Leaving Certificate Examination, 1916
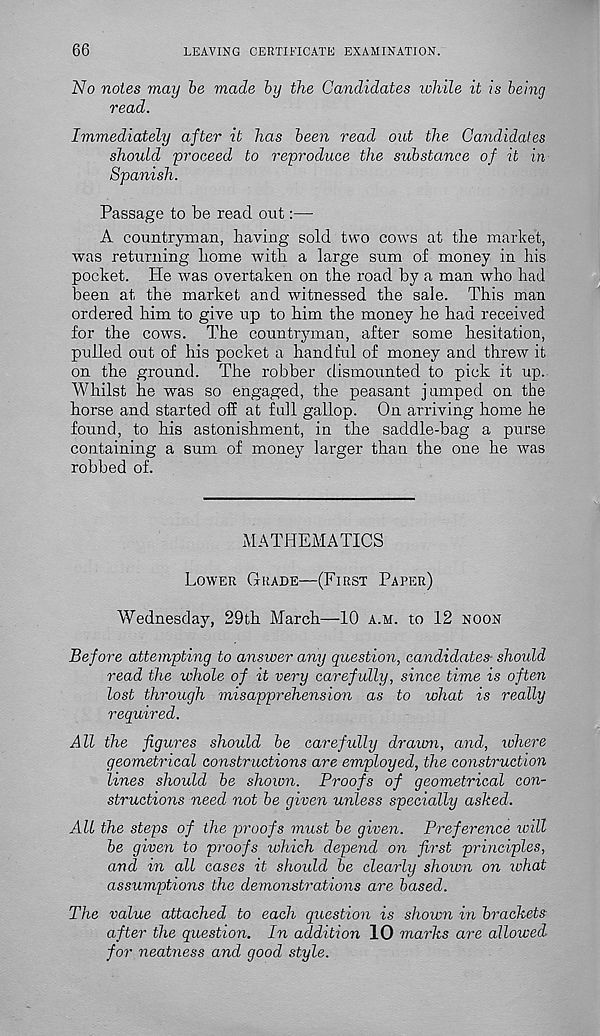
66
LEAVING CERTIFICATE EXAMINATION.
No notes may be made by the Candidates while it is being
read.
Immediately after it has been read out the Candidates
should proceed to reproduce the substance of it in
Spanish.
Passage to be read out:—
A countryman, having sold two cows at the market,
was returning home with a large sum of money in his
pocket. He was overtaken on the road by a man who had
been at the market and witnessed the sale. This man
ordered him to give up to him the money he had received
for the cows. The countryman, after some hesitation,
pulled out of his pocket a handful of money and threw it
on the ground. The robber dismounted to pick it up.
Whilst he was so engaged, the peasant jumped on the
horse and started off at full gallop. On arriving home he
found, to his astonishment, in the saddle-bag a purse
containing a sum of money larger than the one he was
robbed of.
MATHEMATICS
Lower Grade—(First Paper)
Wednesday, 29th March—10 a.m. to 12 noon
Before attempting to answer any question, candidates^ should
read the whole of it very carefully, since time is often
lost through misapprehension as to what is really
required.
All the figures should be carefully drawn, and, where
geometrical constructions are employed, the construction
lines should be shown. Proofs of geometrical con-
structions need not be given unless specially asked.
All the steps of the proofs must be given. Preference will
be given to proofs which depend on first principles,
and in all cases it should be clearly shown on ivhat
assumptions the demonstrations are based.
The value attached, to each question is shown in brackets
after the question. In addition 10 marks are allowed
for neatness and good style.